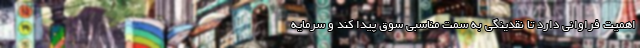
اهمیت فراوانی دارد تا نقدینگی به سمت مناسبی سوق پیدا کند و سرمایه